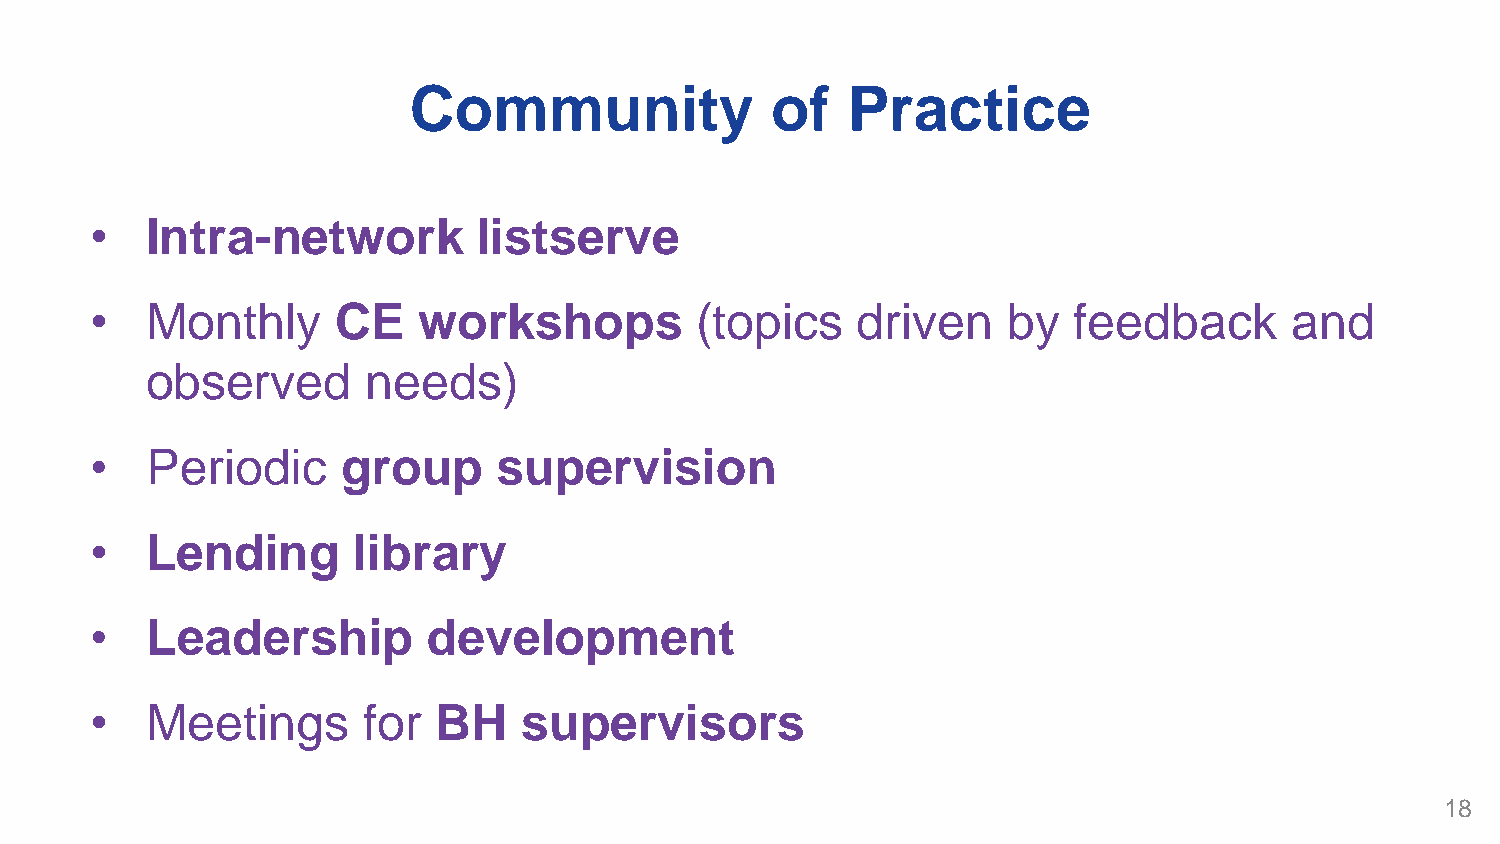
Community               of   Practice
 •   Intra-network         listserve
 •   Monthly     CE    workshops         (topics    driven    by  feedback      and
 observed      needs)
 •   Periodic     group     supervision
 •   Lending      library
 •   Leadership        development
 •   Meetings      for  BH    supervisors
 18